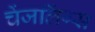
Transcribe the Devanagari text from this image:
चेंजलिंग्स